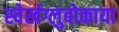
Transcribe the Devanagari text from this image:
स्वेर्खग्लुबोकाया